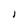
Character: I